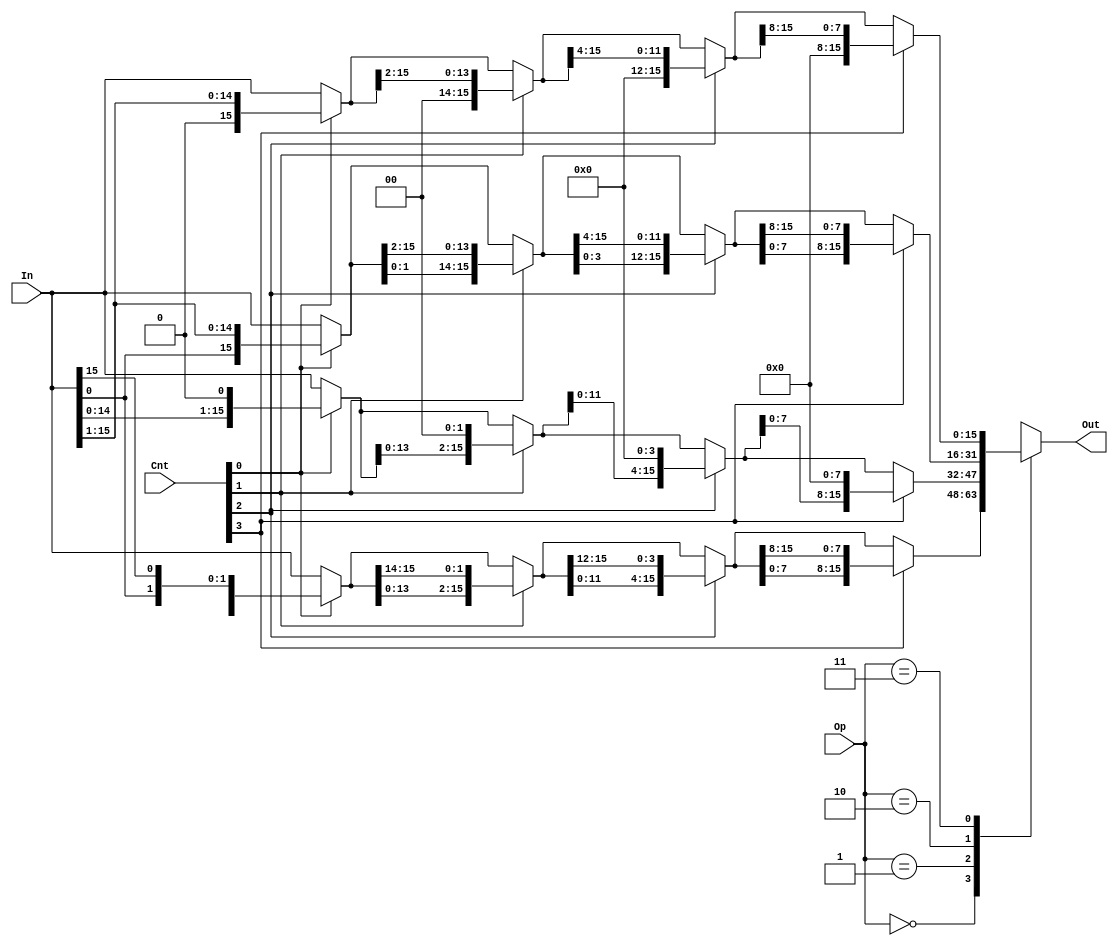
//Class: ECE 552 Computer Architecture, File: shifter.v
//Shifter that handles ROL, SLL, ROR, SRL. Called from the alu.v
module shifter (In, Cnt, Op, Out);
   
   input  [15:0] In;
   input  [3:0]  Cnt;
   input [1:0]  Op;
   output reg[15:0] Out;

   reg [15:0] temp1bit;
   reg [15:0] temp2bit;
   reg [15:0] temp4bit;

   localparam ROL = 2'b00;
   localparam SLL = 2'b01;
   localparam ROR = 2'b10;
   localparam SRL = 2'b11;

   always @*
 	  begin case (Op)
 	  		//ROTATE LEFT
  		  ROL	:	
		begin
	             	temp1bit = Cnt[0] ? {In[14:0],In[15]}			:	In;
             		temp2bit = Cnt[1] ? {temp1bit[13:0], temp1bit[15:14]}	: 	temp1bit;
             		temp4bit= Cnt[2] ? {temp2bit[11:0],temp2bit[15:12]} 	: 	temp2bit;
             		Out = Cnt[3] ? {temp4bit[7:0], temp4bit[15:8]} 		: 	temp4bit;          
		end

	  		//SHIFT LEFT
	 	 SLL	:
		begin
	             	temp1bit = Cnt[0] ? {In[14:0],1'b0}		:	In;
             		temp2bit = Cnt[1] ? {temp1bit[13:0], {2{1'b0}}}	: 	temp1bit;
             		temp4bit = Cnt[2] ? {temp2bit[11:0],{4{1'b0}}} 	: 	temp2bit;
             		Out = Cnt[3] ? {temp4bit[7:0], {8{1'b0}}}	: 	temp4bit;          
		end

       
          		//ROTATE RIGHT
          	ROR:
		begin
             		temp1bit = Cnt[0] ? { In[0], In[15:1]}			:	In;
             		temp2bit = Cnt[1] ? { temp1bit[1:0], temp1bit[15:2]}	: 	temp1bit;
             		temp4bit = Cnt[2] ? { temp2bit[3:0], temp2bit[15:4]}    : 	temp2bit;
             		Out = Cnt[3] ? { temp4bit[7:0], temp4bit[15:8]} 	: 	temp4bit;          
		end

         		 //SHIFT RIGHT
	 	 SRL	:
		begin
	             	temp1bit = Cnt[0] ? {1'b0,In[15:1]}		:	In;
             		temp2bit = Cnt[1] ? {{2{1'b0}}, temp1bit[15:2]}	: 	temp1bit;
             		temp4bit = Cnt[2] ? {{4{1'b0}},temp2bit[15:4]} 	: 	temp2bit;
             		Out = Cnt[3] ? {{8{1'b0}}, temp4bit[15:8]}	: 	temp4bit;          
		end
		//Default case is good to avoid unintentional latches
	  default:	Out = In;
      endcase
    end
endmodule